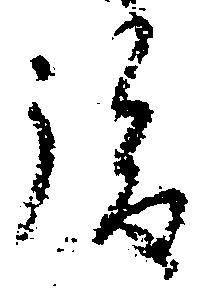
後